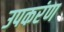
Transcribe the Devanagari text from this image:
उपकरंण